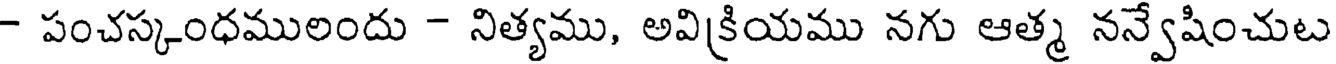
- పంచస్కంధములందు - నిత్యము, అవిక్రియము నగు ఆత్మ నన్వేషించుట